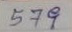
579